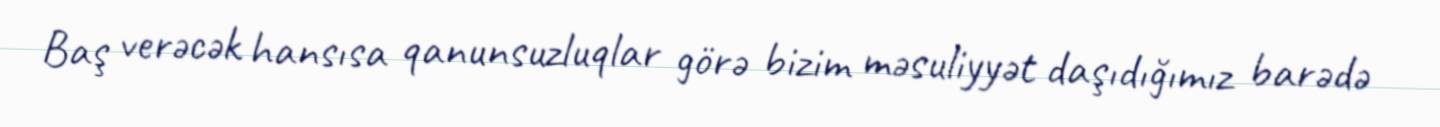
Baş verəcək hansısa qanunsuzluqlar görə bizim məsuliyyət daşıdığımız barədə